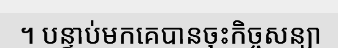
។ បន្ទាប់មកគេបានចុះកិច្ចសន្យា